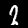
Label: 2